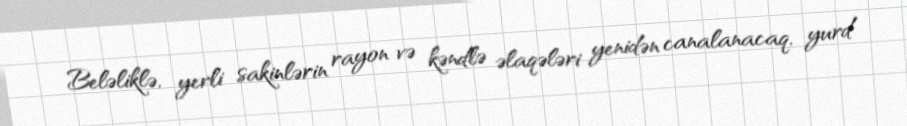
Beləliklə, yerli sakinlərin rayon və kəndlə əlaqələri yenidən canalanacaq, yurd